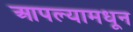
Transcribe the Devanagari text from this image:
आपल्यामधून